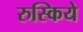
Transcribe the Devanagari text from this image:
रुस्किये